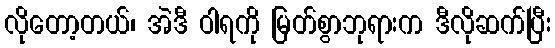
လိုတော့တယ်၊ အဲဒီ ဝါရကို မြတ်စွာဘုရားက ဒီလိုဆက်ပြီး